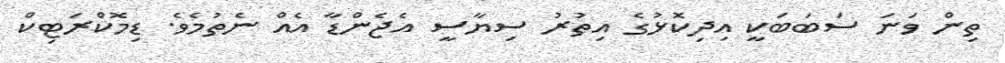
ތިން ވަނަ ސަބަބަކީ އިދިކޮޅުގެ އިތުރު ސިޔާސީ އެޖެންޑާ އެއް ނެތުމެވެ. ޑިމޮކްރަޓިކް